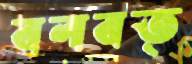
বলবত্